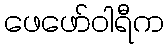
ဖေဖော်ဝါရီက